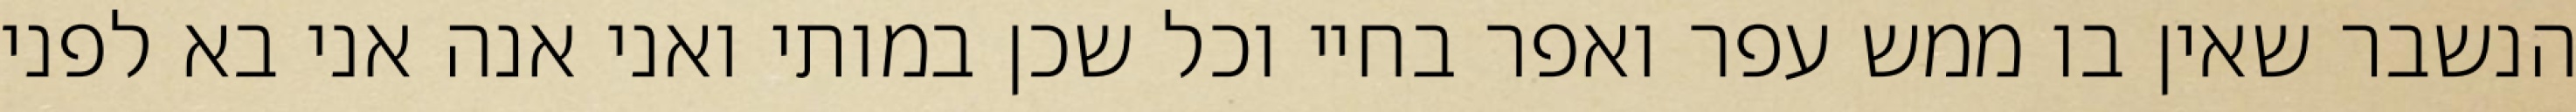
הנשבר שאין בו ממש עפר ואפר בחיי וכל שכן במותי ואני אנה אני בא לפני